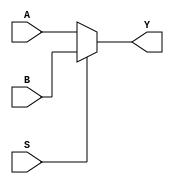
`timescale 1ns / 1ps
`default_nettype none
module four_bit_mux( Y,A,B,S);
    output reg [3:0] Y; // declare output bit as a register vector 4
    input wire [3:0] A,B;
    input wire S; // the selector of what type

    always@(A or B or S) // cahnge if these change
    begin // declare block beginning
    if(S == 1'b0) // 1 bit with 1 output
        Y = A;  // drive Y with A value
    else
        Y = B; // else send Y to B
    end // must state ending
endmodule